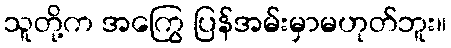
သူတို့က အကြွေ ပြန်အမ်းမှာမဟုတ်ဘူး။